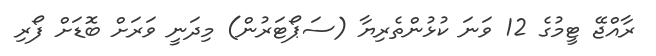
ރާއްޖޭ ޓީމުގެ 12 ވަނަ ކުޅުންތެރިޔާ (ސަޕޯޓަރުން) މިދަނީ ވަރަށް ބޮޑަށް ފޯރި